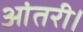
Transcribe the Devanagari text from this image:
आंतरी।